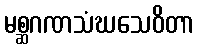
မစ္ဆဂဏသံဃသေဝိတာ